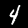
Digit: 4